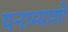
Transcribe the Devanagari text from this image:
पनाम्याशी